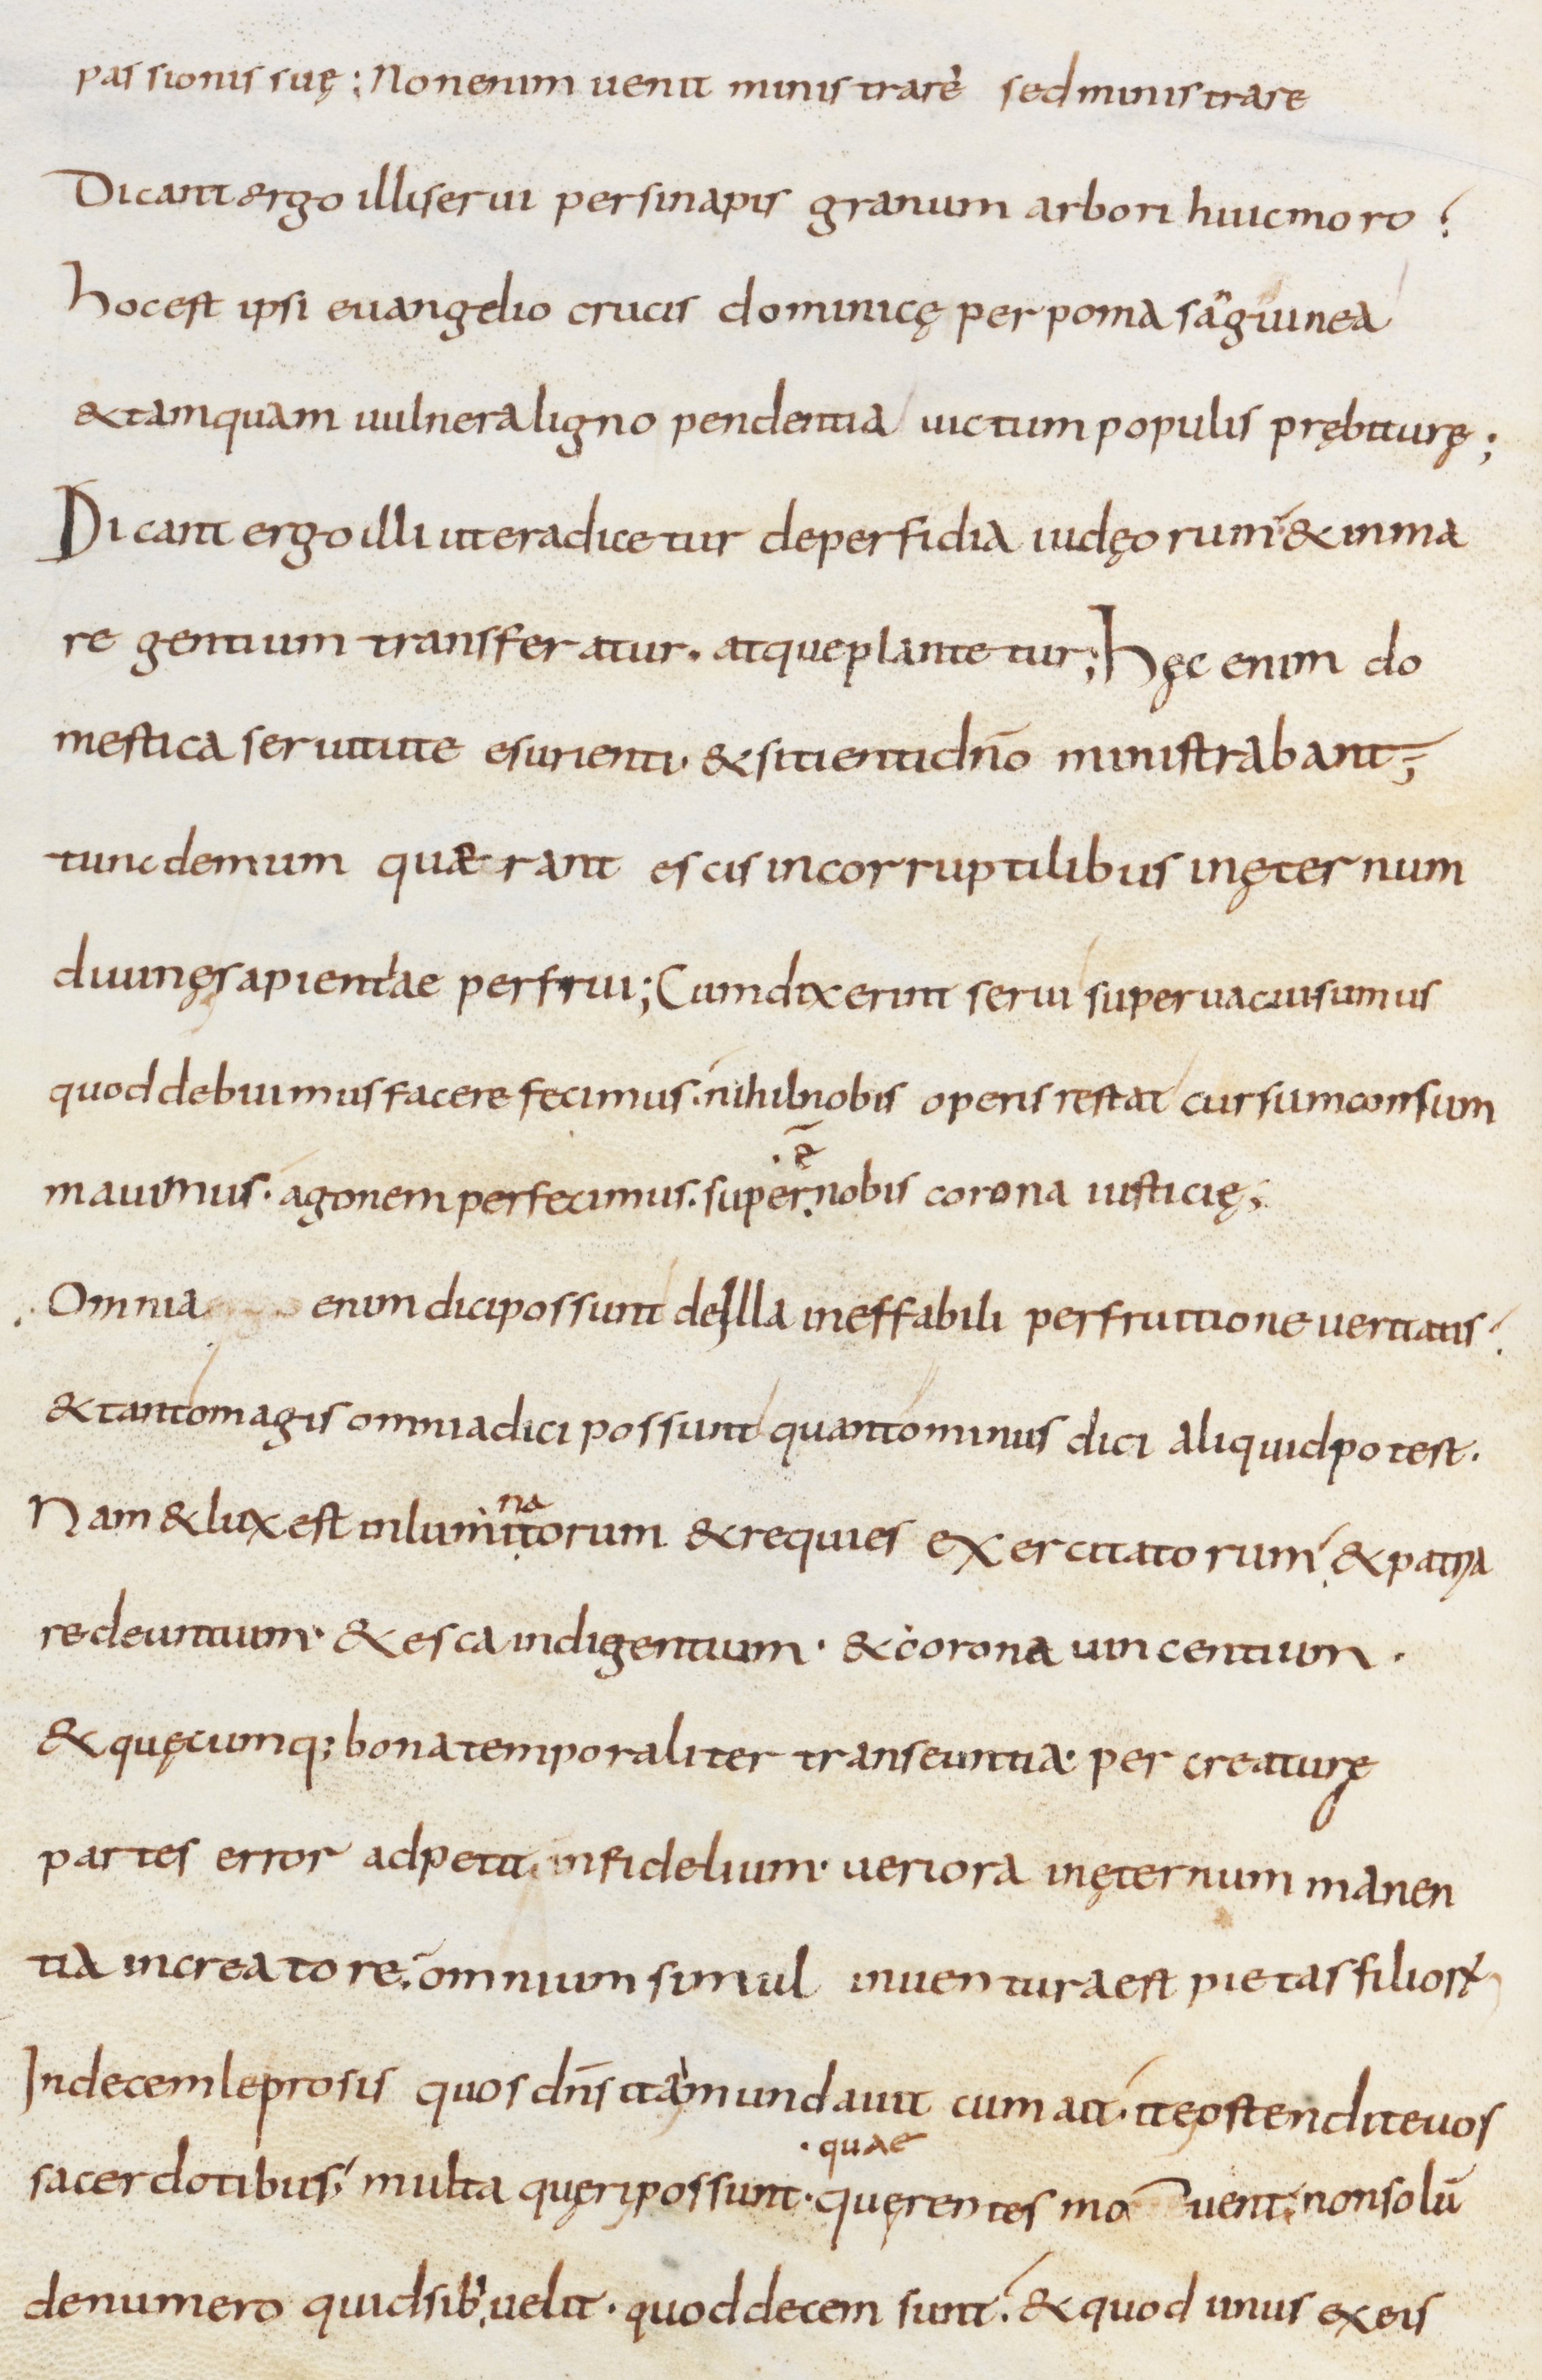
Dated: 800–899